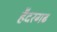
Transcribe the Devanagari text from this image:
हैदरगढ